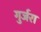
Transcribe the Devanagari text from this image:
गुर्जरा